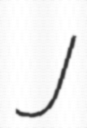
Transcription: J